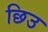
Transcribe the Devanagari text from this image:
छिउ